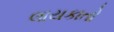
લાયકાતો